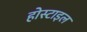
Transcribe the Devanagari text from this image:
होस्टाइल